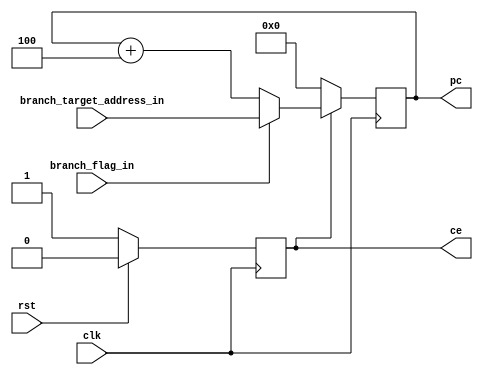
`timescale 1ns / 1ps
//////////////////////////////////////////////////////////////////////////////////
// Company: NCUT
// Module Name: pc_reg
// Description: PC
//////////////////////////////////////////////////////////////////////////////////

module pc_reg(
    input clk,
    input rst,
    input branch_flag_in,//
    input [31:0] branch_target_address_in,//
    output reg[31:0] pc,//
    output reg ce//
    );
    always @(posedge clk)begin
        if(rst==1'b1) ce<=1'b0;
        else ce<=1'b1;
    end
    always @(posedge clk)begin
        if(ce==1'b0) pc<=32'h00000000;
        else if(branch_flag_in==1'b1) pc<=branch_target_address_in;
        else pc<=pc+4'h4;//324
    end
endmodule